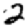
Digit: 2